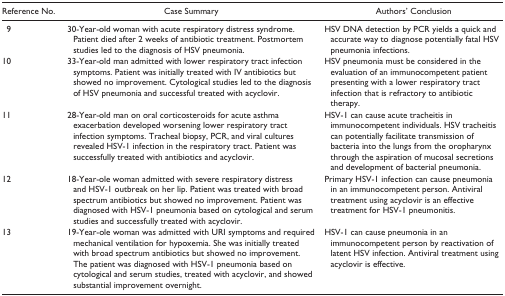
<table><thead><tr><td><b>Reference No.</b></td><td><b>Case Summary</b></td><td><b>Authors’ Conclusion</b></td></tr></thead><tbody><tr><td>9</td><td>30-Year-old woman with acute respiratory distress syndrome. Patient died after 2 weeks of antibiotic treatment. Postmortem studies led to the diagnosis of HSV pneumonia.</td><td>HSV DNA detection by PCR yields a quick and accurate way to diagnose potentially fatal HSV pneumonia infections.</td></tr><tr><td>10</td><td>33-Year-old man admitted with lower respiratory tract infection symptoms. Patient was initially treated with IV antibiotics but showed no improvement. Cytological studies led to the diagnosis of HSV pneumonia and successful treated with acyclovir.</td><td>HSV pneumonia must be considered in the evaluation of an immunocompetent patient presenting with a lower respiratory tract infection that is refractory to antibiotic therapy.</td></tr><tr><td>11</td><td>28-Year-old man on oral corticosteroids for acute asthma exacerbation developed worsening lower respiratory tract infection symptoms. Tracheal biopsy, PCR, and viral cultures revealed HSV-1 infection in the respiratory tract. Patient was successfully treated with antibiotics and acyclovir.</td><td>HSV-1 can cause acute tracheitis in immunocompetent individuals. HSV tracheitis can potentially facilitate transmission of bacteria into the lungs from the oropharynx through the aspiration of mucosal secretions and development of bacterial pneumonia.</td></tr><tr><td>12</td><td>18-Year-ole woman admitted with severe respiratory distress and HSV-1 outbreak on her lip. Patient was treated with broad spectrum antibiotics but showed no improvement. Patient was diagnosed with HSV-1 pneumonia based on cytological and serum studies and successfully treated with acyclovir.</td><td>Primary HSV-1 infection can cause pneumonia in an immunocompetent person. Antiviral treatment using acyclovir is an effective treatment for HSV-1 pneumonitis.</td></tr><tr><td>13</td><td>19-Year-ole woman was admitted with URI symptoms and required mechanical ventilation for hypoxemia. She was initially treated with broad spectrum antibiotics but showed no improvement. The patient was diagnosed with HSV-1 pneumonia based on cytological and serum studies, treated with acyclovir, and showed substantial improvement overnight.</td><td>HSV-1 can cause pneumonia in an immunocompetent person by reactivation of latent HSV infection. Antiviral treatment using acyclovir is effective.</td></tr></tbody></table>